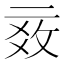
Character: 𱎓